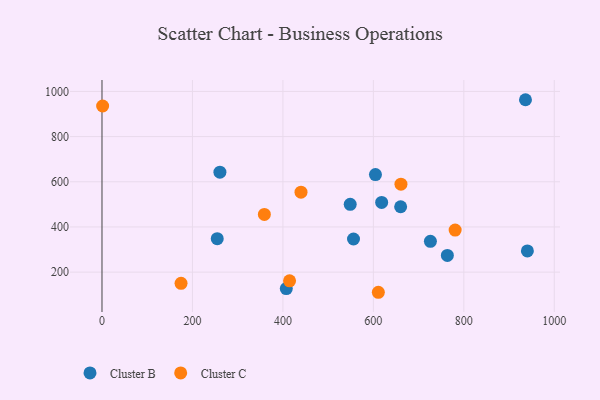
{"axis": {"x": "Distance", "y": "Fuel Efficiency"}, "legend": ["Cluster B", "Cluster C"], "data": [{"x": "936.3", "y": 963.2, "type": "Cluster B"}, {"x": "726.1", "y": 336.2, "type": "Cluster B"}, {"x": "604.6", "y": 631.7, "type": "Cluster B"}, {"x": "548.8", "y": 500.3, "type": "Cluster B"}, {"x": "254.8", "y": 348.1, "type": "Cluster B"}, {"x": "260.7", "y": 642.3, "type": "Cluster B"}, {"x": "940.5", "y": 293.9, "type": "Cluster B"}, {"x": "556.1", "y": 346.6, "type": "Cluster B"}, {"x": "618.3", "y": 508.7, "type": "Cluster B"}, {"x": "763.6", "y": 274.0, "type": "Cluster B"}, {"x": "660.3", "y": 489.3, "type": "Cluster B"}, {"x": "407.5", "y": 126.9, "type": "Cluster B"}, {"x": "174.8", "y": 150.5, "type": "Cluster C"}, {"x": "1.4", "y": 935.5, "type": "Cluster C"}, {"x": "359.0", "y": 455.2, "type": "Cluster C"}, {"x": "414.7", "y": 161.3, "type": "Cluster C"}, {"x": "780.8", "y": 386.2, "type": "Cluster C"}, {"x": "440.0", "y": 554.1, "type": "Cluster C"}, {"x": "661.0", "y": 589.1, "type": "Cluster C"}, {"x": "611.0", "y": 110.7, "type": "Cluster C"}]}